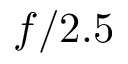
f / 2 . 5